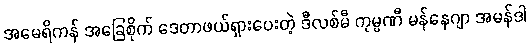
အမေရိကန် အခြေစိုက် ဒေတာဖယ်ရှားပေးတဲ့ ဒီလစ်မီ ကုမ္ပဏီ မန်နေဂျာ အမန်ဒါ